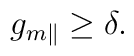
g_{m\parallel }\geq \delta .